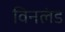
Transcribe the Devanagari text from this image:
विनलंड